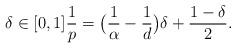
LaTeX: \begin{align*}\delta\in [0,1] \frac{1}{p}=\big(\frac{1}{\alpha}-\frac{1}{d}\big)\delta + \frac{1-\delta}{2} .\end{align*}